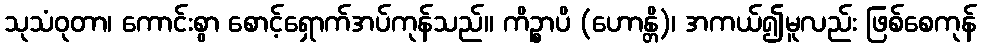
သုသံဝုတာ၊ ကောင်းစွာ စောင့်ရှောက်အပ်ကုန်သည်။ ကိဉ္စာပိ (ဟောန္တိ)၊ အကယ်၍မူလည်း ဖြစ်စေကုန်